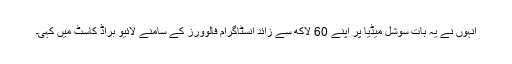
انہوں نے یہ بات سوشل میڈیا پر اپنے 60 لاکھ سے زائد انسٹاگرام فالوورز کے سامنے لائیو براڈ کاسٹ میں کہی۔